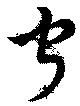
宁